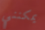
يمكنني